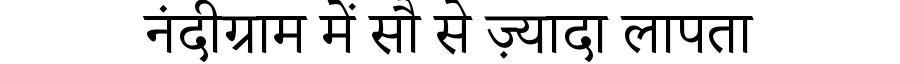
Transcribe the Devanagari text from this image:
नंदीग्राम में सौ से ज़्यादा लापता